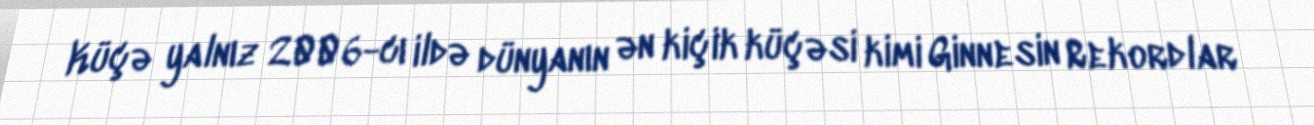
Küçə yalnız 2006-cı ildə dünyanın ən kiçik küçəsi kimi Ginnesin Rekordlar